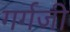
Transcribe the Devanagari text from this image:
गर्गजी